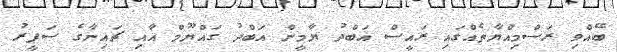
ބޭއްވި ރަސްމިއްޔާތެއްގައި ރައީސް އަބްދު ޔާމީން އަބްދު ގައްޔޫމް އާއި ޗައިނާގެ ސަފީރު